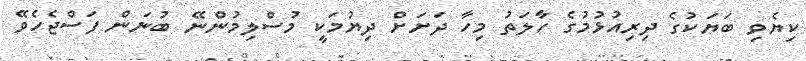
ކިޔެވި ބަޔަކުގެ ދިރިއުޅުމުގެ ހާލަތު މިހާ ދަށަށް ދިޔުމަކީ މުސްލިމުންނޭ ބުނަން ފަސްޖެހެވޭ